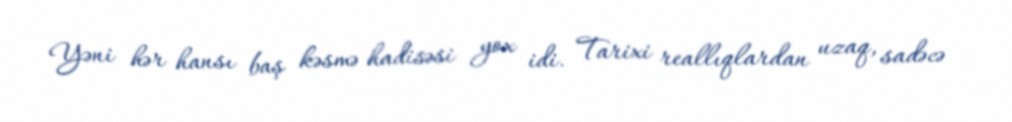
Yəni hər hansı baş kəsmə hadisəsi yox idi. Tarixi reallıqlardan uzaq, sadəcə